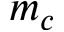
m _ { c }